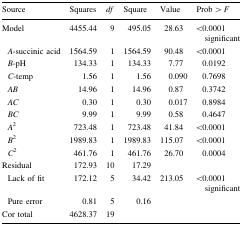
<table><thead><tr><td><b>Source</b></td><td><b>Squares</b></td><td><b><i>df</i></b></td><td><b>Square</b></td><td><b>Value</b></td><td><b>Prob &gt; <i>F</i></b></td></tr></thead><tbody><tr><td>Model</td><td>4455.44</td><td>9</td><td>495.05</td><td>28.63</td><td>&lt;0.0001 significant</td></tr><tr><td> <i>A</i>-succinic acid</td><td>1564.59</td><td>1</td><td>1564.59</td><td>90.48</td><td>&lt;0.0001</td></tr><tr><td> <i>B</i>-pH</td><td>134.33</td><td>1</td><td>134.33</td><td>7.77</td><td>0.0192</td></tr><tr><td> <i>C</i>-temp</td><td>1.56</td><td>1</td><td>1.56</td><td>0.090</td><td>0.7698</td></tr><tr><td> <i>AB</i></td><td>14.96</td><td>1</td><td>14.96</td><td>0.87</td><td>0.3742</td></tr><tr><td> <i>AC</i></td><td>0.30</td><td>1</td><td>0.30</td><td>0.017</td><td>0.8984</td></tr><tr><td> <i>BC</i></td><td>9.99</td><td>1</td><td>9.99</td><td>0.58</td><td>0.4647</td></tr><tr><td> <i>A</i><sup>2</sup></td><td>723.48</td><td>1</td><td>723.48</td><td>41.84</td><td>&lt;0.0001</td></tr><tr><td> <i>B</i><sup>2</sup></td><td>1989.83</td><td>1</td><td>1989.83</td><td>115.07</td><td>&lt;0.0001</td></tr><tr><td> <i>C</i><sup>2</sup></td><td>461.76</td><td>1</td><td>461.76</td><td>26.70</td><td>0.0004</td></tr><tr><td>Residual</td><td>172.93</td><td>10</td><td>17.29</td><td></td><td></td></tr><tr><td> Lack of fit</td><td>172.12</td><td>5</td><td>34.42</td><td>213.05</td><td>&lt;0.0001 significant</td></tr><tr><td> Pure error</td><td>0.81</td><td>5</td><td>0.16</td><td></td><td></td></tr><tr><td>Cor total</td><td>4628.37</td><td>19</td><td></td><td></td><td></td></tr></tbody></table>